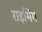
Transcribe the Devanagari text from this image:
राइमिंग